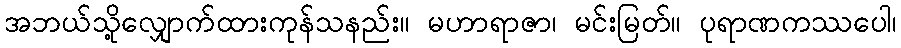
အဘယ်သို့လျှောက်ထားကုန်သနည်း။ မဟာရာဇာ၊ မင်းမြတ်။ ပုရာဏကဿပေါ၊